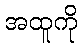
အထူကို